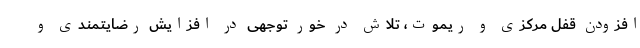
افزودن قفل مرکزی و ریموت، تلاش در خور توجهی در افزایش رضایتمندی و